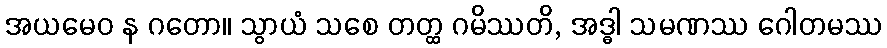
အယမေဝ န ဂတော။ သွာယံ သစေ တတ္ထ ဂမိဿတိ, အဒ္ဓါ သမဏဿ ဂေါတမဿ